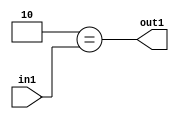
`timescale 1ps / 1ps
/*****************************************************************************
    Verilog RTL Description
    
    
    Created by: Stratus DpOpt 2019.1.01 
*******************************************************************************/

module in_buff_Eqi2u3_4 (
	in1,
	out1
	); /* architecture "behavioural" */ 
input [2:0] in1;
output  out1;
wire  asc001;

assign asc001 = (8'B00000010==in1);

assign out1 = asc001;
endmodule

/* CADENCE  urf5Tgo= : u9/ySgnWtBlWxVPRXgAZ4Og= ** DO NOT EDIT THIS LINE ******/